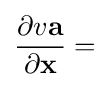
{\frac {\partial v\mathbf {a} }{\partial \mathbf {x} }}=